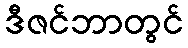
ဒီဇင်ဘာတွင်